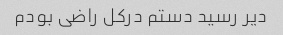
دیر رسید دستم درکل راضی بودم